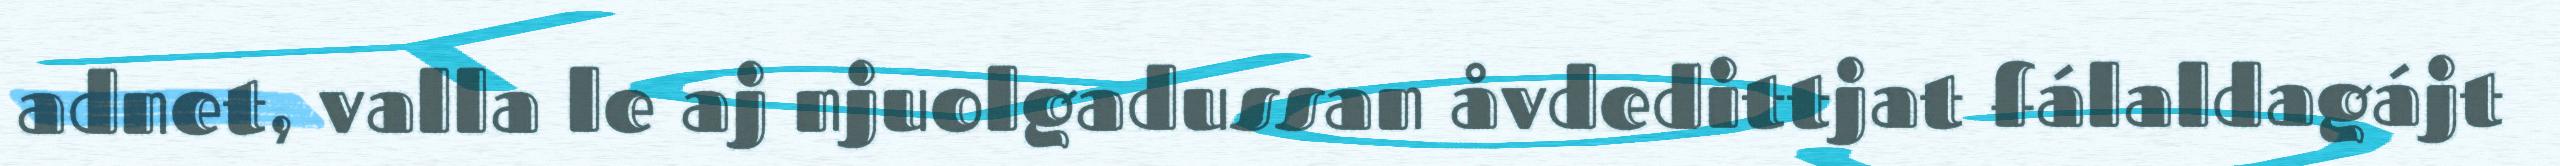
adnet, valla le aj njuolgadussan åvdedittjat fálaldagájt